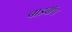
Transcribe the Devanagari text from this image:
बाइबॉप